Source: Handwritten
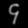
Digit: ၄ (4)